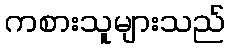
ကစားသူများသည်